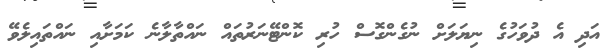
އަދި އެ ދުވަހުގެ ނިޔަލަށް ނުގެންގޮސް ހުރި ކޮންޓޭނަރުތައް ނައްތާލާނެ ކަމަށާއި ނައްތައިލެވޭ